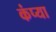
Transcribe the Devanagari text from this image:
कंप्या